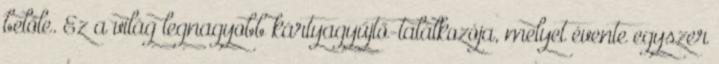
belőle. Ez a világ legnagyobb kártyagyűjtő-találkozója, melyet évente egyszer